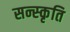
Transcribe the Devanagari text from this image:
सन्स्कृति